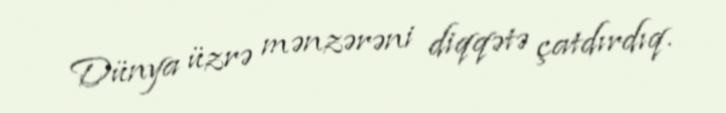
Dünya üzrə mənzərəni diqqətə çatdırdıq.